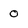
Character: 0